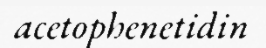
acetophenetidin